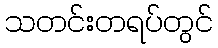
သတင်းတရပ်တွင်